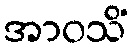
အာဝသိံ